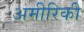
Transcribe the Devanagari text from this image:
अमीरिकी